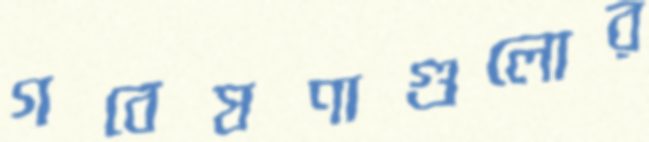
গবেষণাগুলোর